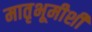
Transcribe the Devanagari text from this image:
मातृभूमीशी